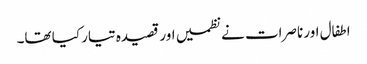
اطفال اور ناصرات نے نظمیں اور قصیدہ تیار کیا تھا۔